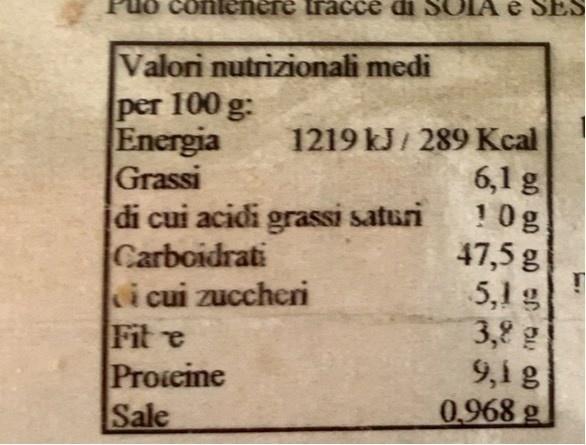
Puo contenere tracce di SOIA e SES
Valori nutrizionali medi per 100 g: Energia Grassi di cui acidi grassi saturi Carboidrati i cui zuccheri Fit e Proteine Sale
1219 kJ/ 289 Kcal 6,1 g !0g 47,5 g 5,1 g 3,8 g 9,1 g 0.968 g